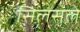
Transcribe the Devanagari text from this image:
सिलसले